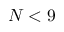
N < 9